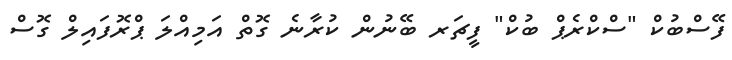
ފޭސްބުކް "ސްކްރެޕް ބުކް" ފީޗަރ ބޭނުން ކުރާނެ ގޮތް އަމިއްލަ ޕްރޮފައިލް ގޮސް